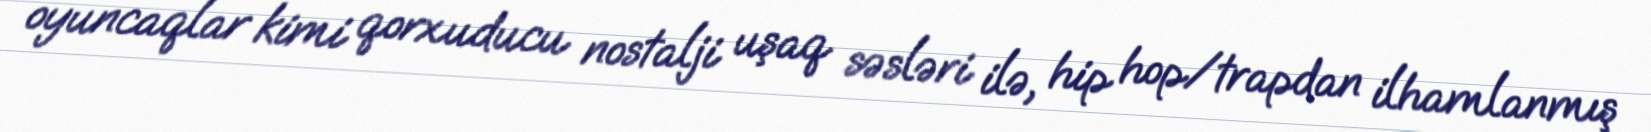
oyuncaqlar kimi qorxuducu nostalji uşaq səsləri ilə, hip hop/trapdan ilhamlanmış